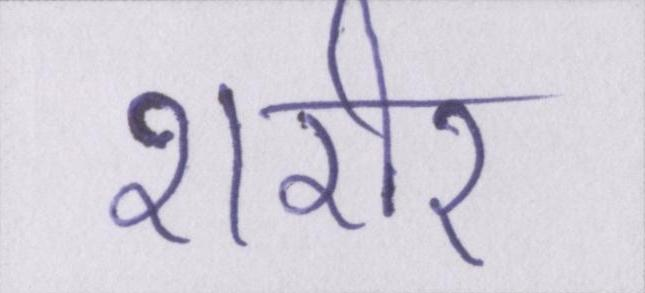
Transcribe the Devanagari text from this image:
शरीर